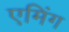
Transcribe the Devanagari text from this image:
एमिंग